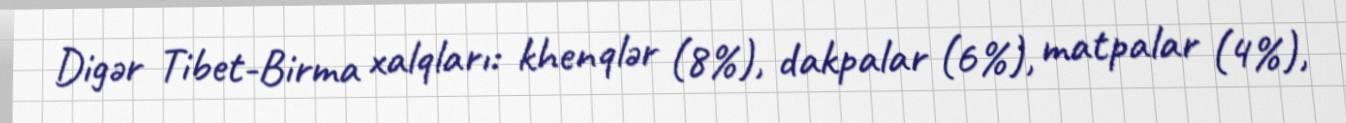
Digər Tibet-Birma xalqları: khenqlər (8%), dakpalar (6%), matpalar (4%),